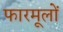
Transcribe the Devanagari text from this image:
फारमूलों